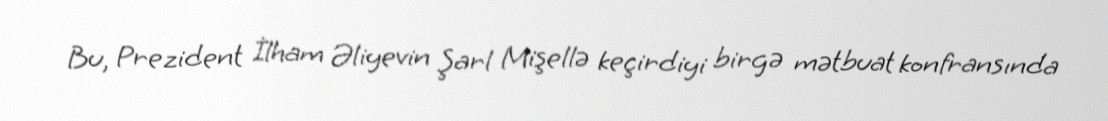
Bu, Prezident İlham Əliyevin Şarl Mişellə keçirdiyi birgə mətbuat konfransında